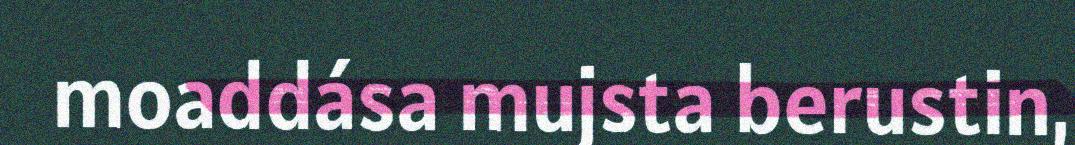
moaddása mujsta berustin,